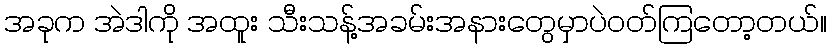
အခုက အဲဒါကို အထူး သီးသန့်အခမ်းအနားတွေမှာပဲဝတ်ကြတော့တယ်။